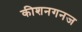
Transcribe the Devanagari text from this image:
कीशनगनज